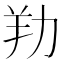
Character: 劷